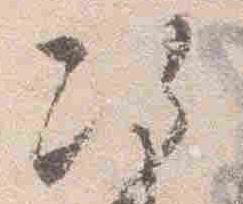
次